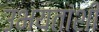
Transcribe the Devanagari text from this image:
उभयतांशी